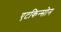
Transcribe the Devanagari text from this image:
एटकिन्सोन